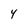
Character: Y